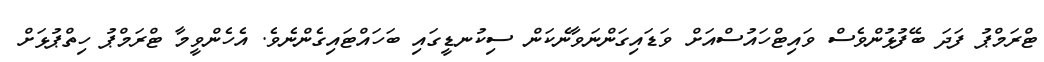
ޓްރަމްޕު ފަދަ ބޭފުޅުންވެސް ވައިޓްހައުސްއަށް ވަޑައިގަންނަވާނެކަން ސިކުނޑީގައި ބަހައްޓައިގެންނެވެ. އެހެންވީމާ ޓްރަމްޕު ހިތްޕުޅަށް